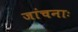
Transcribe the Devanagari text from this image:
जांचनाः